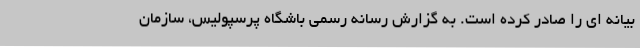
بیانه ای را صادر کرده است. به گزارش رسانه رسمی باشگاه پرسپولیس، سازمان